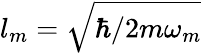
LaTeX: l_{m}=\sqrt{\hbar/2m\omega_{m}}